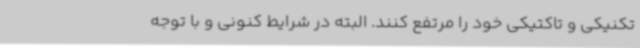
تکنیکی و تاکتیکی خود را مرتفع کنند. البته در شرایط کنونی و با توجه